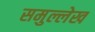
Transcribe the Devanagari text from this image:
समुल्लेख